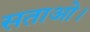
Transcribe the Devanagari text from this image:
सताओ।